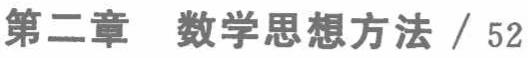
(2) 任意一个整数被\(k\)去除，余数只能是下列\(k\)个数中的一个：\(0,1,2,\cdots,k - 1\)。